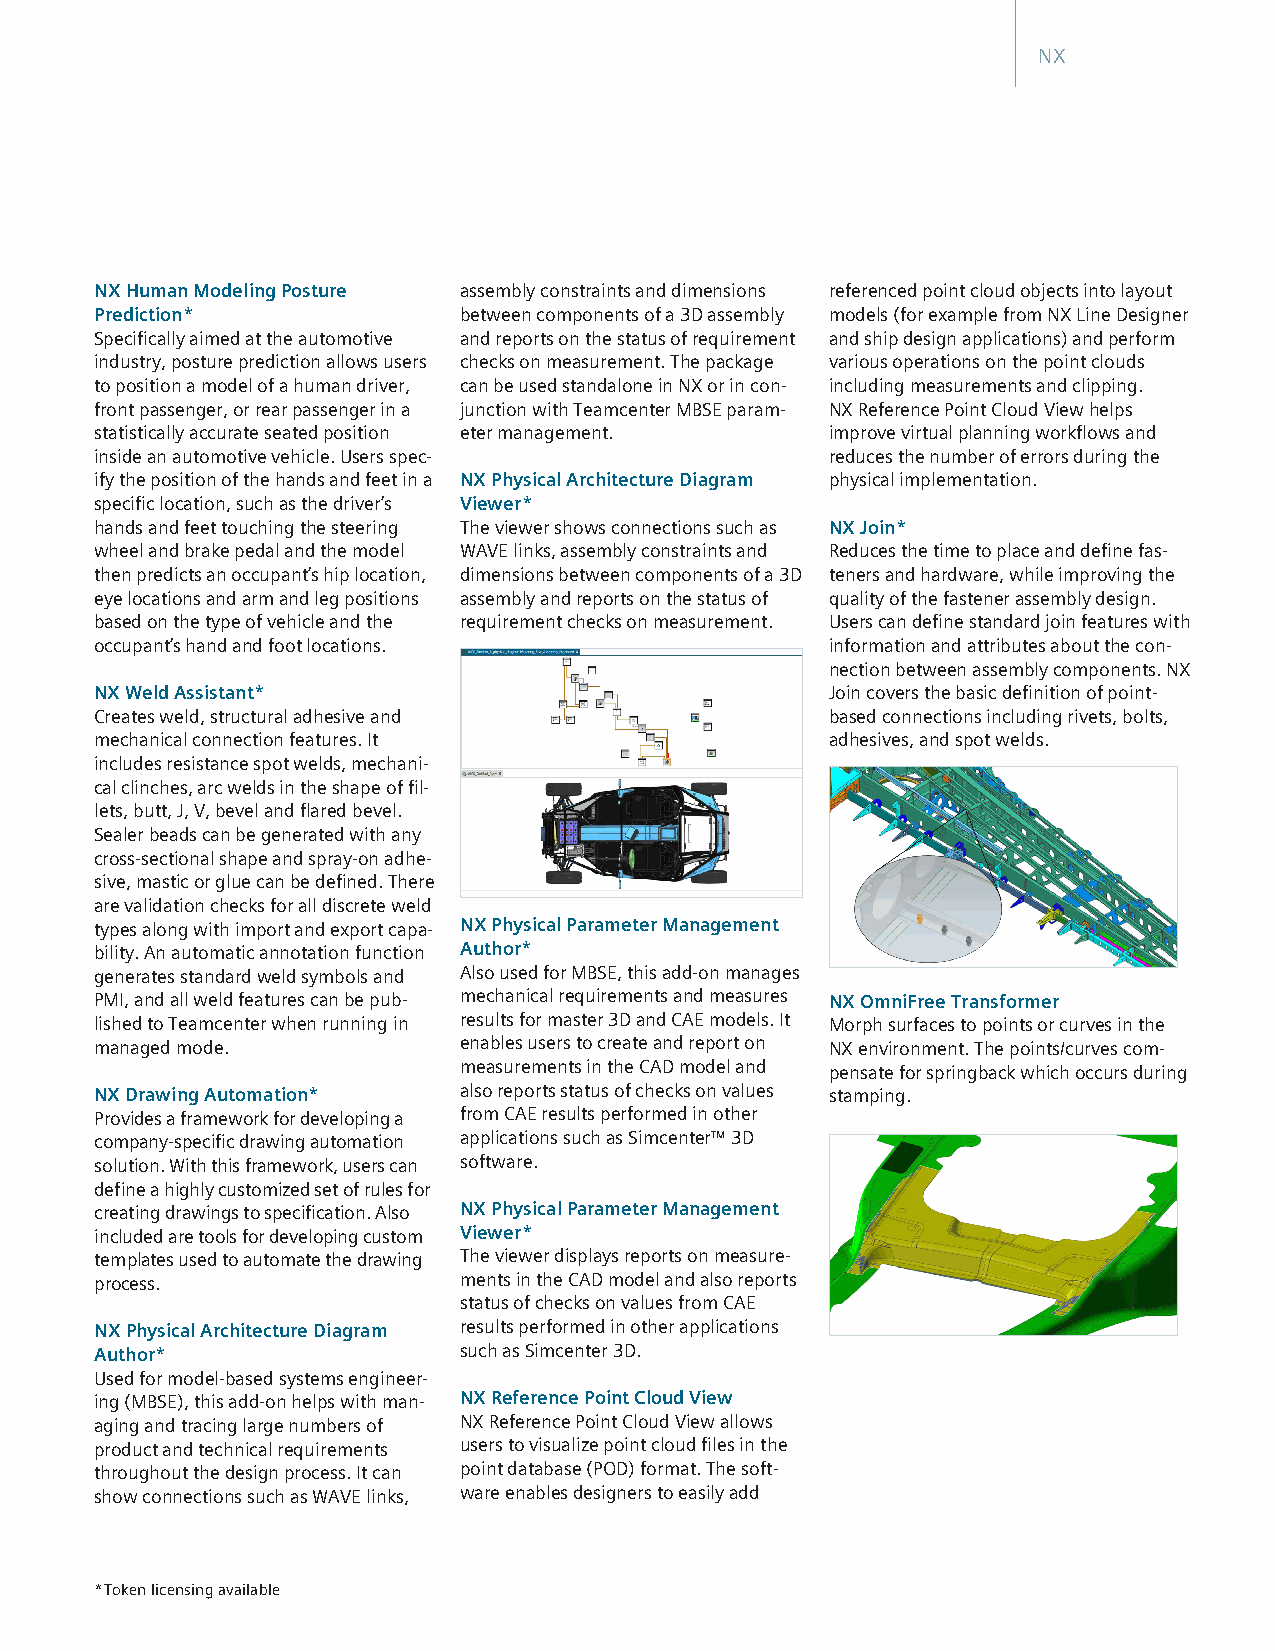
NX
 NX Human Modeling Posture assembly constraints and dimensions referenced point cloud objects into layout
 Prediction*             between components of a 3D assembly models (for example from NX Line Designer
 Specifically aimed at the automotive and reports on the status of requirement and ship design applications) and perform
 industry, posture prediction allows users checks on measurement. The package various operations on the point clouds
 to position a model of a human driver, can be used standalone in NX or in con- including measurements and clipping.
 front passenger, or rear passenger in a junction with Teamcenter MBSE param- NX Reference Point Cloud View helps
 statistically accurate seated position eter management. improve virtual planning workflows and
 inside an automotive vehicle. Users spec-        reduces the number of errors during the
 ify the position of the hands and feet in a NX Physical Architecture Diagram physical implementation.
 specific location, such as the driver’s Viewer*
 hands and feet touching the steering The viewer shows connections such as NX Join*
 wheel and brake pedal and the model WAVE links, assembly constraints and Reduces the time to place and define fas-
 then predicts an occupant’s hip location, dimensions between components of a 3D teners and hardware, while improving the
 eye locations and arm and leg positions assembly and reports on the status of quality of the fastener assembly design.
 based on the type of vehicle and the requirement checks on measurement. Users can define standard join features with
 occupant’s hand and foot locations.              information and attributes about the con-
 nection between assembly components. NX
 NX Weld Assistant*                               Join covers the basic definition of point-
 Creates weld, structural adhesive and            based connections including rivets, bolts,
 mechanical connection features. It               adhesives, and spot welds.
 includes resistance spot welds, mechani-
 cal clinches, arc welds in the shape of fil-
 lets, butt, J, V, bevel and flared bevel.
 Sealer beads can be generated with any
 cross-sectional shape and spray-on adhe-
 sive, mastic or glue can be defined. There
 are validation checks for all discrete weld
 types along with import and export capa- NX Physical Parameter Management
 bility. An automatic annotation function Author*
 generates standard weld symbols and Also used for MBSE, this add-on manages
 PMI, and all weld features can be pub- mechanical requirements and measures NX OmniFree Transformer
 lished to Teamcenter when running in results for master 3D and CAE models. It Morph surfaces to points or curves in the
 managed mode.           enables users to create and report on NX environment. The points/curves com-
 measurements in the CAD model and pensate for springback which occurs during
 NX Drawing Automation*  also reports status of checks on values stamping.
 Provides a framework for developing a from CAE results performed in other
 company-specific drawing automation applications such as Simcenter™ 3D
 solution. With this framework, users can software.
 define a highly customized set of rules for
 creating drawings to specification. Also NX Physical Parameter Management
 included are tools for developing custom Viewer*
 templates used to automate the drawing The viewer displays reports on measure-
 process.                ments in the CAD model and also reports
 status of checks on values from CAE
 NX Physical Architecture Diagram results performed in other applications
 Author*                 such as Simcenter 3D.
 Used for model-based systems engineer-
 ing (MBSE), this add-on helps with man- NX Reference Point Cloud View
 aging and tracing large numbers of NX Reference Point Cloud View allows
 product and technical requirements users to visualize point cloud files in the
 throughout the design process. It can point database (POD) format. The soft-
 show connections such as WAVE links, ware enables designers to easily add
 *Token licensing available